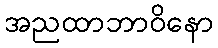
အညထာဘာဝိနော